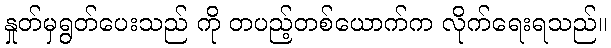
နှုတ်မှရွတ်ပေးသည် ကို တပည့်တစ်ယောက်က လိုက်ရေးရသည်။